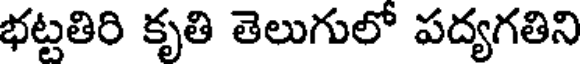
భట్టతిరి కృతి తెలుగులో పద్యగతిని